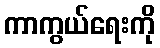
ကာကွယ်ရေးကို